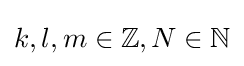
k,l,m\in \mathbb {Z} ,N\in \mathbb {N}